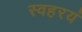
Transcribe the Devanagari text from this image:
स्वहरयं